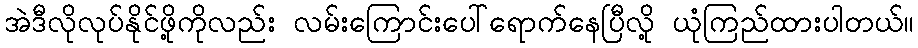
အဲဒီလိုလုပ်နိုင်ဖို့ကိုလည်း လမ်းကြောင်းပေါ်ရောက်နေပြီလို့ ယုံကြည်ထားပါတယ်။